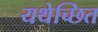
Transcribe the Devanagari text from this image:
यथेच्छित